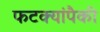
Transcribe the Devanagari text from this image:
फटक्यांपैकी